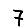
Digit: 7